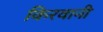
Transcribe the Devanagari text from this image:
किरवानी